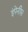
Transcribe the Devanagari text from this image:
इंपेनीस